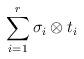
LaTeX: \begin{align*} \sum_{i=1}^r \sigma_i \otimes t_i \end{align*}